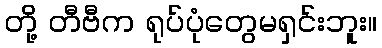
တို့ တီဗီက ရုပ်ပုံတွေမရှင်းဘူး။